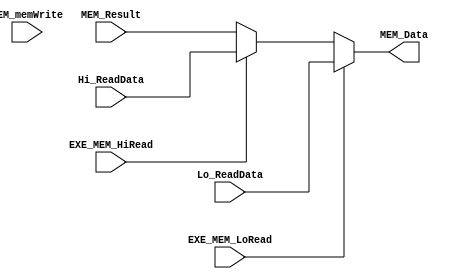
module MemData_Mux (MEM_Data, Lo_ReadData, Hi_ReadData, MEM_Result, EXE_MEM_LoRead, EXE_MEM_HiRead, MEM_memWrite);

// input
	input [63:0] Lo_ReadData, Hi_ReadData, MEM_Result;
	input EXE_MEM_LoRead, EXE_MEM_HiRead, MEM_memWrite;
	
// output
	output reg [63:0] MEM_Data;
	
	always @(*)
		begin
			if(EXE_MEM_LoRead)
				MEM_Data <= Lo_ReadData;
			
			else if(EXE_MEM_HiRead)
				MEM_Data <= Hi_ReadData;
				
			else 
				MEM_Data <= MEM_Result;
		end
		
endmodule